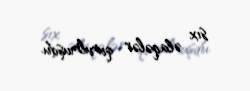
sıx əlaqələr qurulmuşdu.